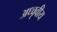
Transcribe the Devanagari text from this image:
अध्वृवीय